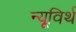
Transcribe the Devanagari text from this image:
न्यूविर्थ